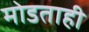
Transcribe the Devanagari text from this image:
मोडताही